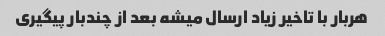
هربار با تاخیر زیاد ارسال میشه بعد از چندبار پیگیری